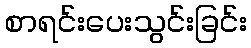
စာရင်းပေးသွင်းခြင်း